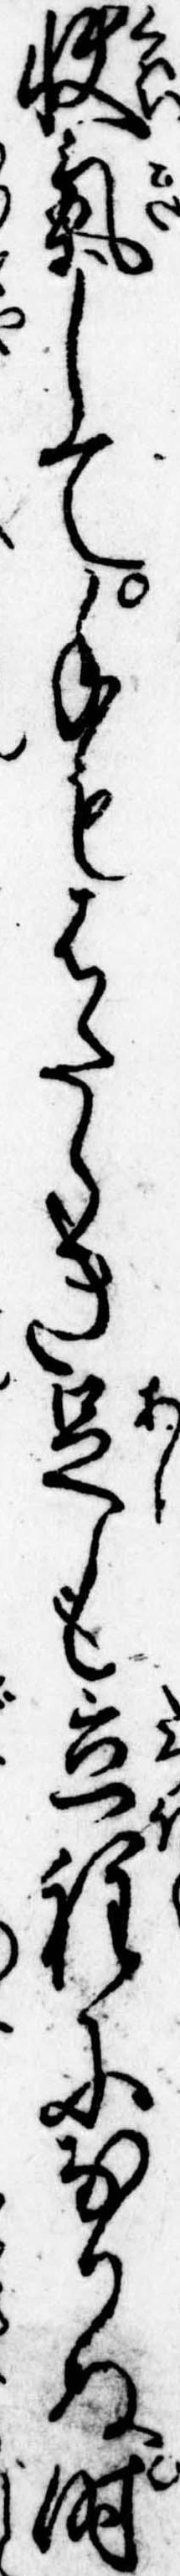
快気して手もはたらき足も立程になりぬ時